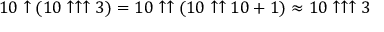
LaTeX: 1 0 \uparrow ( 1 0 \uparrow \uparrow \uparrow 3 ) = 1 0 \uparrow \uparrow ( 1 0 \uparrow \uparrow 1 0 + 1 ) \approx 1 0 \uparrow \uparrow \uparrow 3